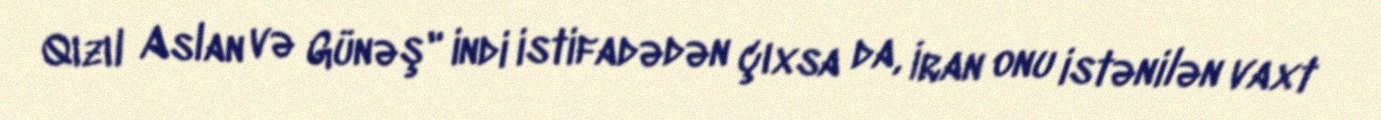
Qızıl Aslan və Günəş" indi istifadədən çıxsa da, İran onu istənilən vaxt